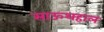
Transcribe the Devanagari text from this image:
साऊथहाल